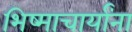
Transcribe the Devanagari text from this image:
भिष्माचार्यांना